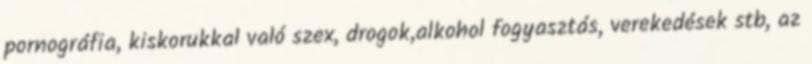
pornográfia, kiskorukkal való szex, drogok,alkohol fogyasztás, verekedések stb, az